65_HS1-834228961_62-HQ-83894_Section_1
Agency: FBI
Page 110
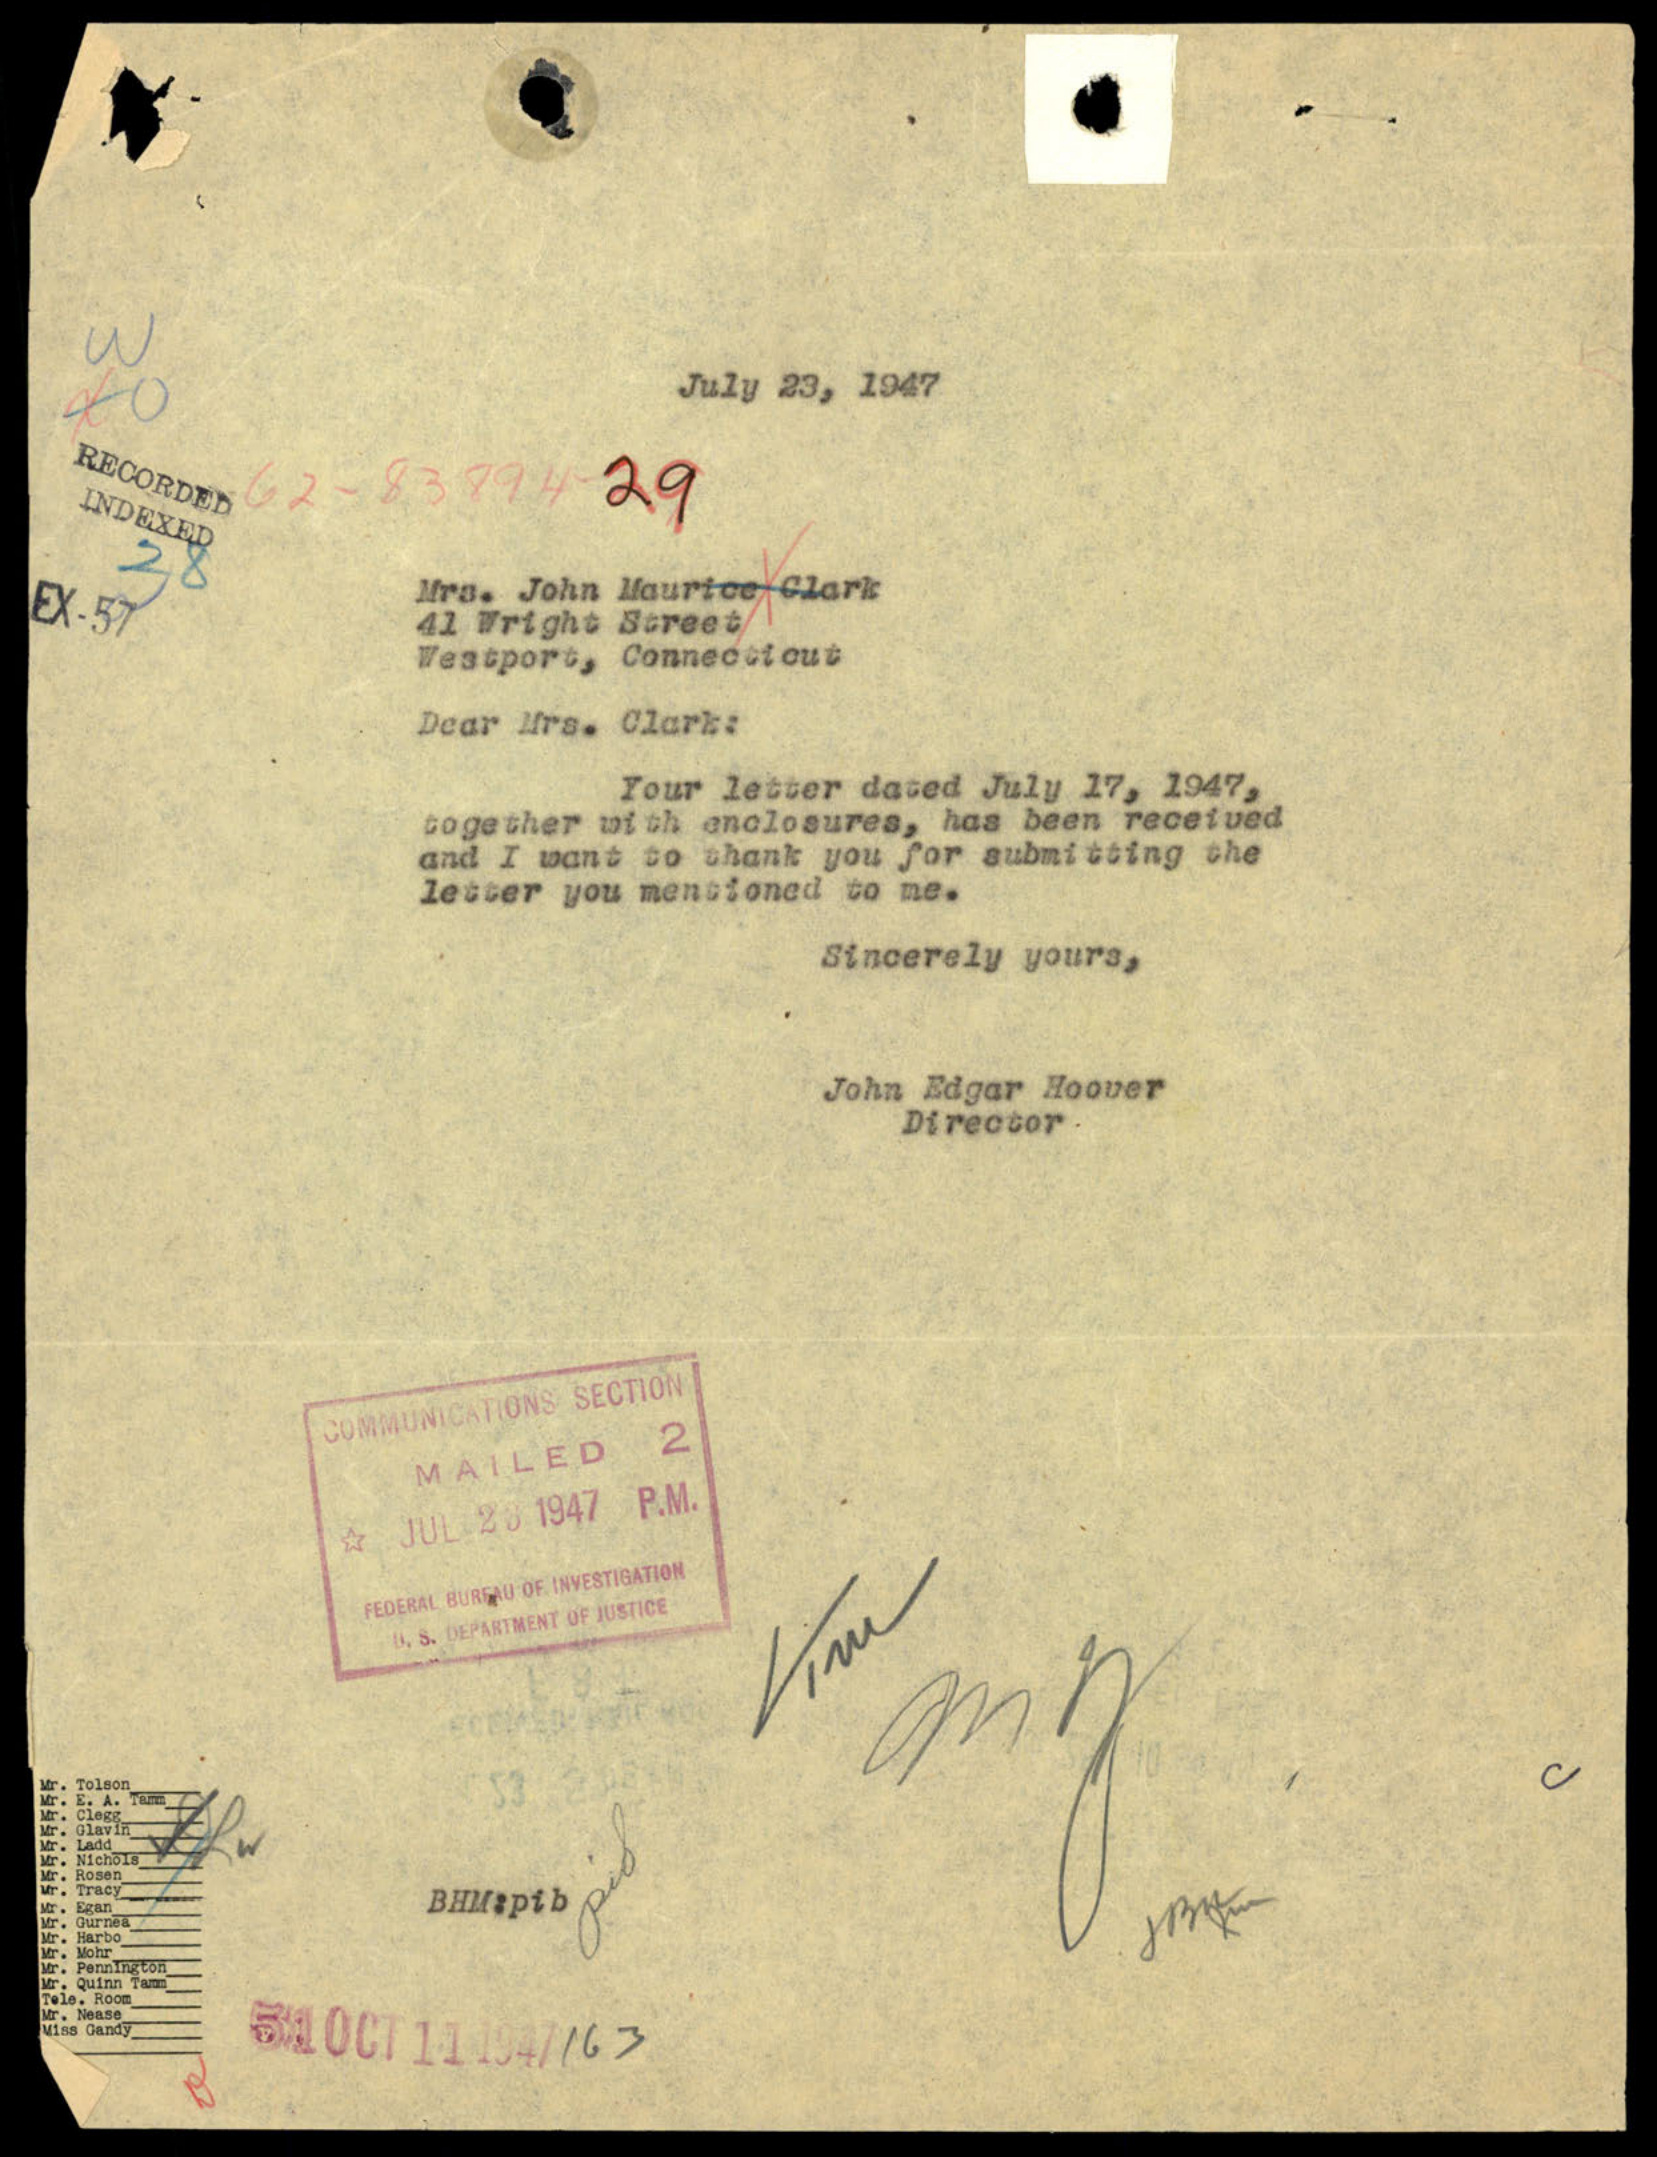